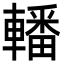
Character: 轓